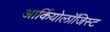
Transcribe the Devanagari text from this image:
आर्कियोलाॅजिस्ट